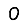
Digit: 0